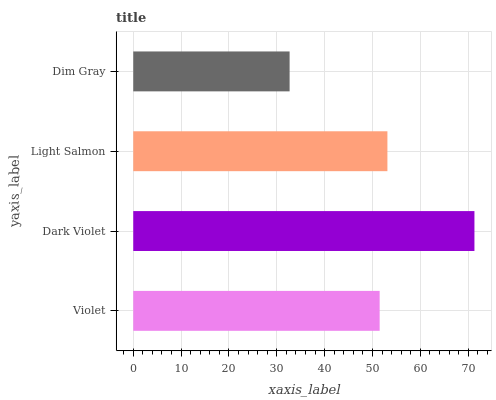
| yaxis_label | bars |
 | --- | --- |
 | Violet | 51.5 |
 | Dark Violet | 71.3 |
 | Light Salmon | 53.1 |
 | Dim Gray | 32.7 |